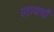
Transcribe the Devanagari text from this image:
लायचौ